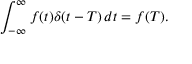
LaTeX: \int _ { - \infty } ^ { \infty } f ( t ) \delta ( t - T ) \, d t = f ( T ) .